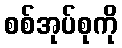
စစ်အုပ်စုကို